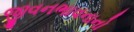
જીવનભાવનાનો